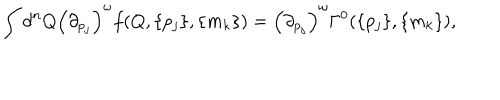
\int d ^ { n } Q \left( { \partial } _ { p _ { j } } \right) ^ { \omega } f ( Q , \{ p _ { j } \} , \{ m _ { k } \} ) = \left( { \partial } _ { p _ { j } } \right) ^ { \omega } \Gamma ^ { 0 } ( \{ p _ { j } \} , \{ m _ { k } \} ) ,